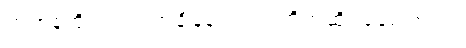
တဟုန်ထိုးတက်လာချိန်နဲ့လည်း တိုက်ဆိုင်နေပါတယ်။